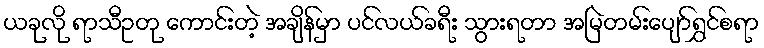
ယခုလို ရာသီဥတု ကောင်းတဲ့ အချိန်မှာ ပင်လယ်ခရီး သွားရတာ အမြဲတမ်းပျော်ရွှင်စရာ